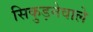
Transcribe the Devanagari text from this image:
सिकुड़नेवाले